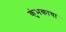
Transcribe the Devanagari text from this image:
कुंभकाचा